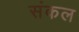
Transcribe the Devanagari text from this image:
संकल